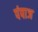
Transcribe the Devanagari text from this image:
पंपाज